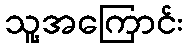
သူ့အကြောင်း